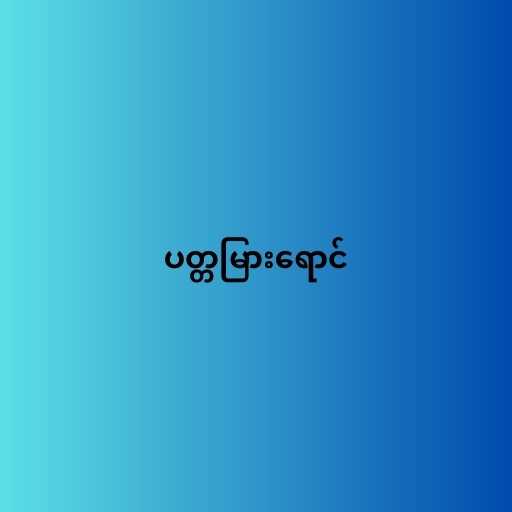
ပတ္တမြားရောင်